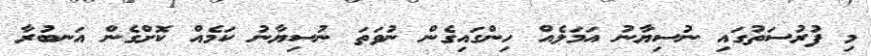
މި ފުރުސަތުގައި ނުސިޔާނު އަމަލެއް ހިންގައިގެން ނުވަތަ ނުސިޔާނު ކަމެއް ކޮށްގެން އަނބުރާ